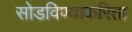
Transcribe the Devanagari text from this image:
सोडविण्याकरिता